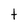
Character: t